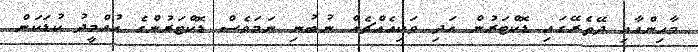
މާހިންއާއި ދޭތެރޭގައި ޑޮކްޓަރުން އަދި ވަކިއެއްޗެއް ނުބުނި ނަމަވެސް ޑޮކްޓަރުންގެ އުއްމީދު ކުޑަކަން